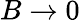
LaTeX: B\rightarrow 0